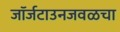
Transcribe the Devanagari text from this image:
जॉर्जटाउनजवळचा